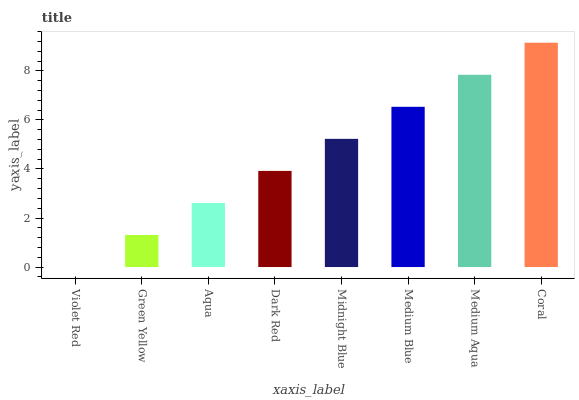
| xaxis_label | bars |
 | --- | --- |
 | Violet Red | 0 |
 | Green Yellow | 1.31 |
 | Aqua | 2.61 |
 | Dark Red | 3.92 |
 | Midnight Blue | 5.23 |
 | Medium Blue | 6.54 |
 | Medium Aqua | 7.84 |
 | Coral | 9.15 |